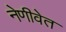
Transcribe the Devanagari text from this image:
नेणीवेत